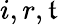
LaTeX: i,r,\mathfrak{t}